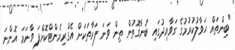
"ބިންތައް ހަވާލުކުރުމުގެ ގަވާއިދުގައި ބުނާގޮތުން ތިން ވަނަ ފަރާތަކަށް އެގްރިމެންޓްކޮށްފަ ވާނަމަ އޮންނަ